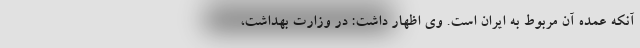
آنکه عمده آن مربوط به ایران است. وی اظهار داشت: در وزارت بهداشت،